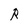
Character: R